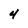
Character: 4